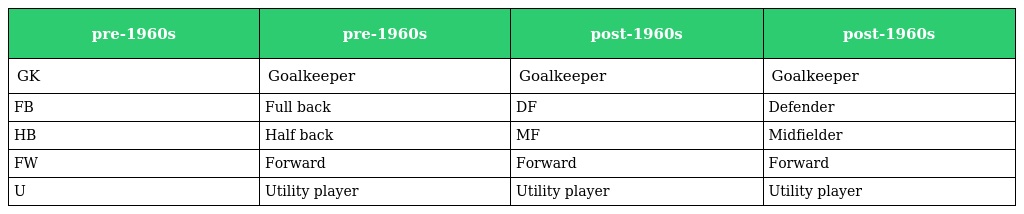
| pre-1960s | pre-1960s | post-1960s | post-1960s |
 | --- | --- | --- | --- |
 | GK | Goalkeeper | Goalkeeper | Goalkeeper |
 | FB | Full back | DF | Defender |
 | HB | Half back | MF | Midfielder |
 | FW | Forward | Forward | Forward |
 | U | Utility player | Utility player | Utility player |